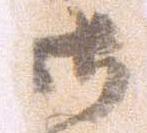
御